Civil Veterinary Dept. Bombay admin report 1932-41 - 1932-1941
Year: 1932
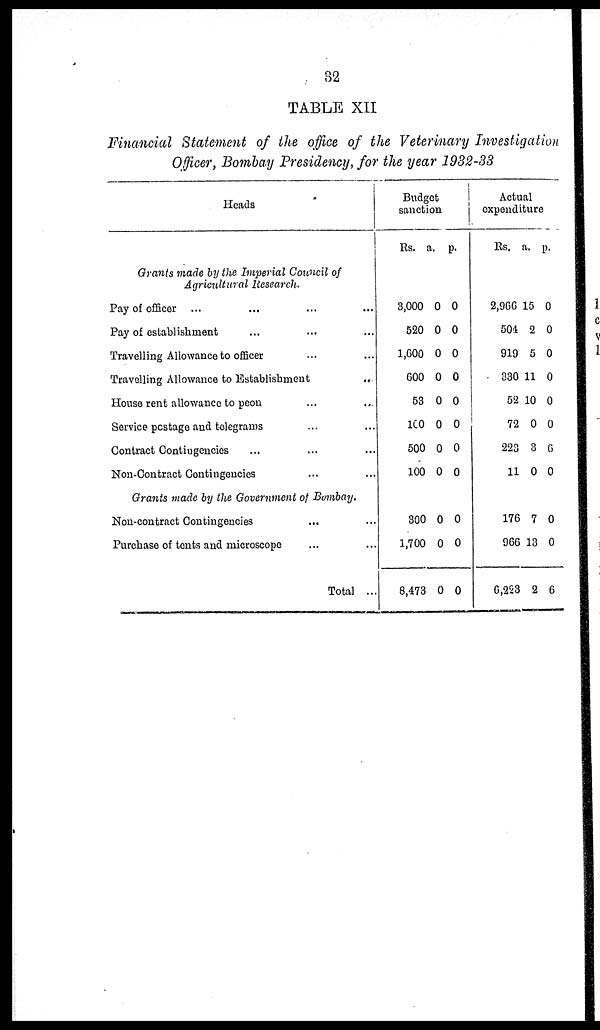
32
TABLE XII
Financial Statement of the office of the Veterinary Investigation
Officer, Bombay Presidency, for the year 1932-33
Heads
Grants made by the Imperial Council of
Agricultural Research.
Pay of officer ... … … …
Pay of establishment … … …
Travelling Allowance to officer … …
Travelling Allowance to Establishment
...
House rent allowance to peon … …
Service postage and telegrams ... ...
Contract Contingencies ... ... ...
Non-Contract Contingencies … …
Grants made by the Government of Bombay.
Non-contract Contingencies … …
Purchase of tents and microscope … …
Total ...
Budget
sanction
Rs.
3,000
520
1,600
600
53
100
500
100
300
1,700
8,473
a.
0
0
0
0
0
0
0
0
0
0
0
p.
0
0
0
0
0
0
0
0
0
0
0
Actual
expenditure
Rs.
2,966
504
919
330
52
72
223
11
176
966
6,223
a.
15
2
5
11
10
0
3
0
7
13
2
p.
0
0
0
0
0
0
6
0
0
0
6